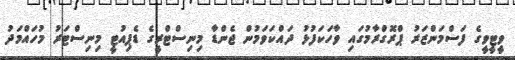
ވީޓީވީގެ ފަސްމަންޒަރު ޕްރޮގްރާމުގައި ވާހަކަފުޅު ދައްކަވަމުން ޖެންޑާ މިނިސްޓްރީގެ ޑެޕިއުޓީ މިނިސްޓަރު މުހައްމަދު